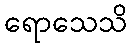
ရောသေသိ